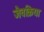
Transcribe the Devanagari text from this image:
जैवक्रिया